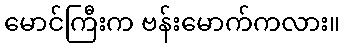
မောင်ကြီးက ဗန်းမောက်ကလား။